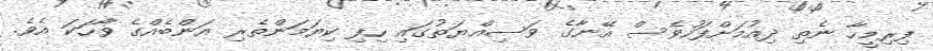
ފިރިމީހާ ނެތި ދިއުމަށްފަހުވެސް އޭނާގެ ވަސިއްޔަތުގައި ހިފި ކިޔަމަންތެރި އަންބެއްގެ ވާހަކަ އެވެ.